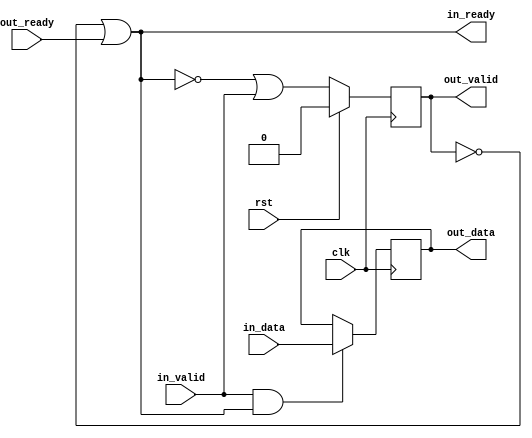
// Copyright 2019 Google LLC
//
// Licensed under the Apache License, Version 2.0 (the "License");
// you may not use this file except in compliance with the License.
// You may obtain a copy of the License at
//
//     https://www.apache.org/licenses/LICENSE-2.0
//
// Unless required by applicable law or agreed to in writing, software
// distributed under the License is distributed on an "AS IS" BASIS,
// WITHOUT WARRANTIES OR CONDITIONS OF ANY KIND, either express or implied.
// See the License for the specific language governing permissions and
// limitations under the License.
//
// ------------------------------------------------------------------
// Stream Buffer Type-V
// ------------------------------------------------------------------
// Acts as a 1-deep FIFO for a data stream. Both 'out_valid' and
// 'out_data' are registered, but 'in_ready' is not registered.
//
// ------------------------------------------------------------------
module stream_buf_v #(
  parameter DataBits = 8)
  ( input                     clk,
    input                     rst,
    //
    input                     in_valid,
    output                    in_ready,
    input [DataBits-1:0]      in_data,
    //
    output reg                out_valid,
    input                     out_ready,
    output reg [DataBits-1:0] out_data
);

  assign in_ready  = ~out_valid | out_ready;

  always @(posedge clk) begin

    // valid register, with reset
    if (rst) begin
      out_valid <= 1'b0;
    end else begin
      out_valid <= ~in_ready | in_valid;
    end

    // data register
    if (in_valid & in_ready) begin
      out_data <= in_data;
    end

  end

endmodule